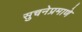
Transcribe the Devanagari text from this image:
सुचनेप्रमाणे